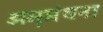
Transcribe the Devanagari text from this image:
अमृमंथना